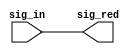
// This program was cloned from: https://github.com/intel/aib-phy-hardware
// License: Apache License 2.0

// SPDX-License-Identifier: Apache-2.0
// Copyright (C) 2019 Intel Corporation. All rights reserved
// ==========================================================================
//
//  CELL: aib_aliasd
//
//  Description: Directional alias device
//
//------------------------------------------
 module aib_aliasd( sig_in, sig_red );

    output   sig_red;
    input    sig_in;

    assign sig_red = sig_in;

 endmodule